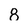
Character: 8